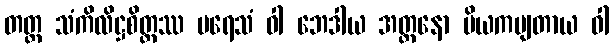
တတ္ထ သံကိလိဋ္ဌစိတ္တဿ ပရေသံ ဝါ ဘေဒါယ အတ္တနော ပိယကမျတာယ ဝါ